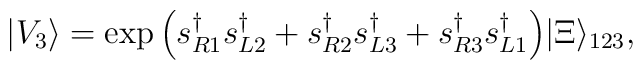
|V_3\rangle=\exp\Big(s^\dag_{R1}s^\dag_{L2}+s^\dag_{R2}s^\dag_{L3}+s^\dag_{R3}s^\dag_{L1}\Big)|\Xi\rangle_{123} ,